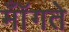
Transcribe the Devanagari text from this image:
मॉँगते